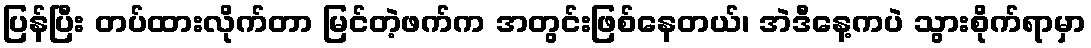
ပြန်ပြီး တပ်ထားလိုက်တာ မြင်တဲ့ဖက်က အတွင်းဖြစ်နေတယ်၊ အဲဒီနေ့ကပဲ သွားစိုက်ရာမှာ